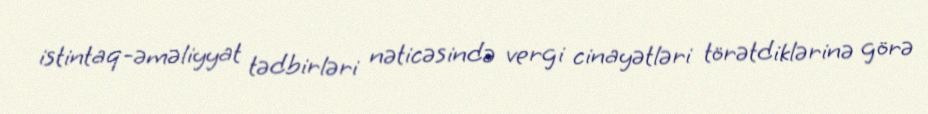
istintaq-əməliyyat tədbirləri nəticəsində vergi cinayətləri törətdiklərinə görə